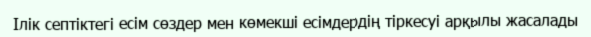
Ілік септіктегі есім сөздер мен көмекші есімдердің тіркесуі арқылы жасалады